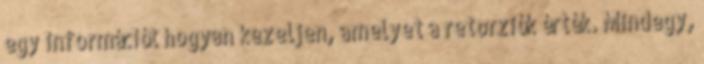
egy információt hogyan kezeljen, amelyet a retorziók érték. Mindegy,